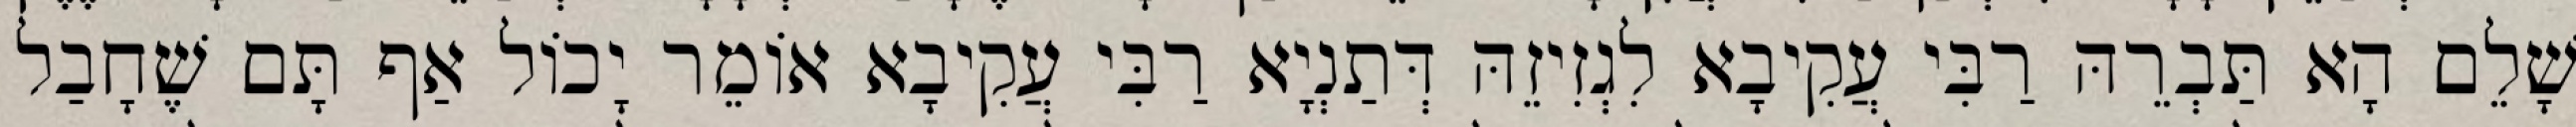
שָׁלֵם הָא תַּבְרֵהּ רַבִּי עֲקִיבָא לִגְזִיזֵהּ דְּתַנְיָא רַבִּי עֲקִיבָא אוֹמֵר יָכוֹל אַף תָּם שֶׁחָבַל